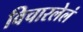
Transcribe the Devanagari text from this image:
विचारलेलं